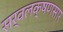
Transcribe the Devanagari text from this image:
सर्वलक्षणसार